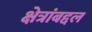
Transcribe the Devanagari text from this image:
क्षेत्रांबद्दल